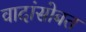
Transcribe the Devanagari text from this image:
वादांसोबत